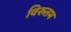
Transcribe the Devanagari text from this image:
विरुतम